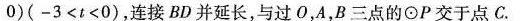
0)(-3<t<0)，连接BD并延长，与过O，A，B三点的⊙P交于点C.